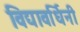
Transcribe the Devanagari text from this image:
विद्यावर्धिनी